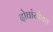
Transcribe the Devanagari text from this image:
दोघांसोबत